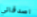
اصدقائي